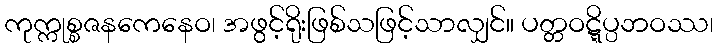
ကုက္ကုစ္စဇနကေနေဝ၊ အဖွင့်ရိုးဖြစ်သဖြင့်သာလျှင်။ ပတ္တဝဋ္ဋိပ္ပဘဝဿ၊